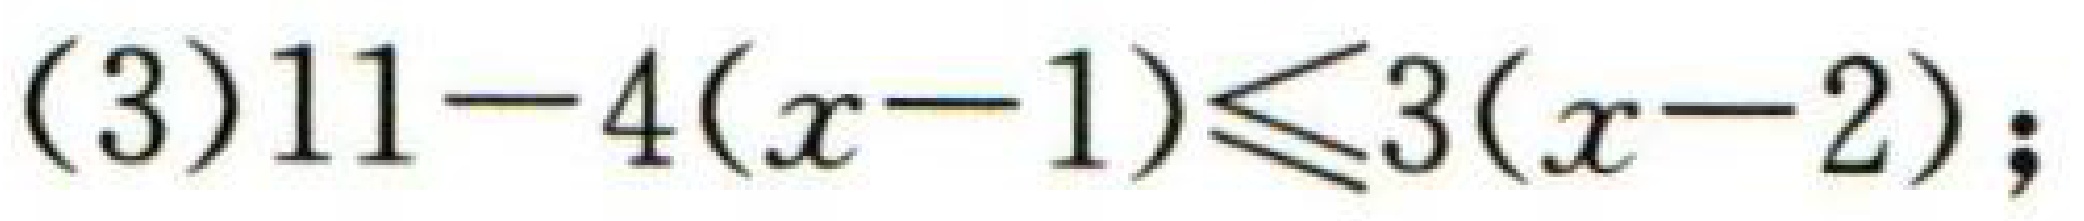
(3)$11 - 4(x - 1)\leq3(x - 2);$